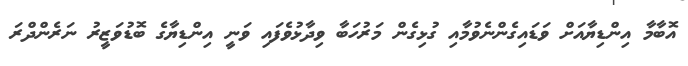
އޮބާމާ އިންޑިޔާއަށް ވަޑައިގެންނެވުމާއި ގުޅިގެން މަރުހަބާ ވިދާޅުވެފައި ވަނީ އިންޑިޔާގެ ބޮޑުވަޒީރު ނަރެންދްރަ